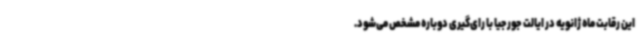
این رقابت ماه ژانویه در ایالت جورجیا با رای‌گیری دوباره مشخص می‌شود.